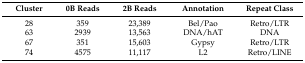
<table><thead><tr><td><b>Cluster</b></td><td><b>0B Reads</b></td><td><b>2B Reads</b></td><td><b>Annotation</b></td><td><b>Repeat Class</b></td></tr></thead><tbody><tr><td>28</td><td>359</td><td>23,389</td><td>Bel/Pao</td><td>Retro/LTR</td></tr><tr><td>63</td><td>2939</td><td>13,563</td><td>DNA/hAT</td><td>DNA</td></tr><tr><td>67</td><td>351</td><td>15,603</td><td>Gypsy</td><td>Retro/LTR</td></tr><tr><td>74</td><td>4575</td><td>11,117</td><td>L2</td><td>Retro/LINE</td></tr></tbody></table>